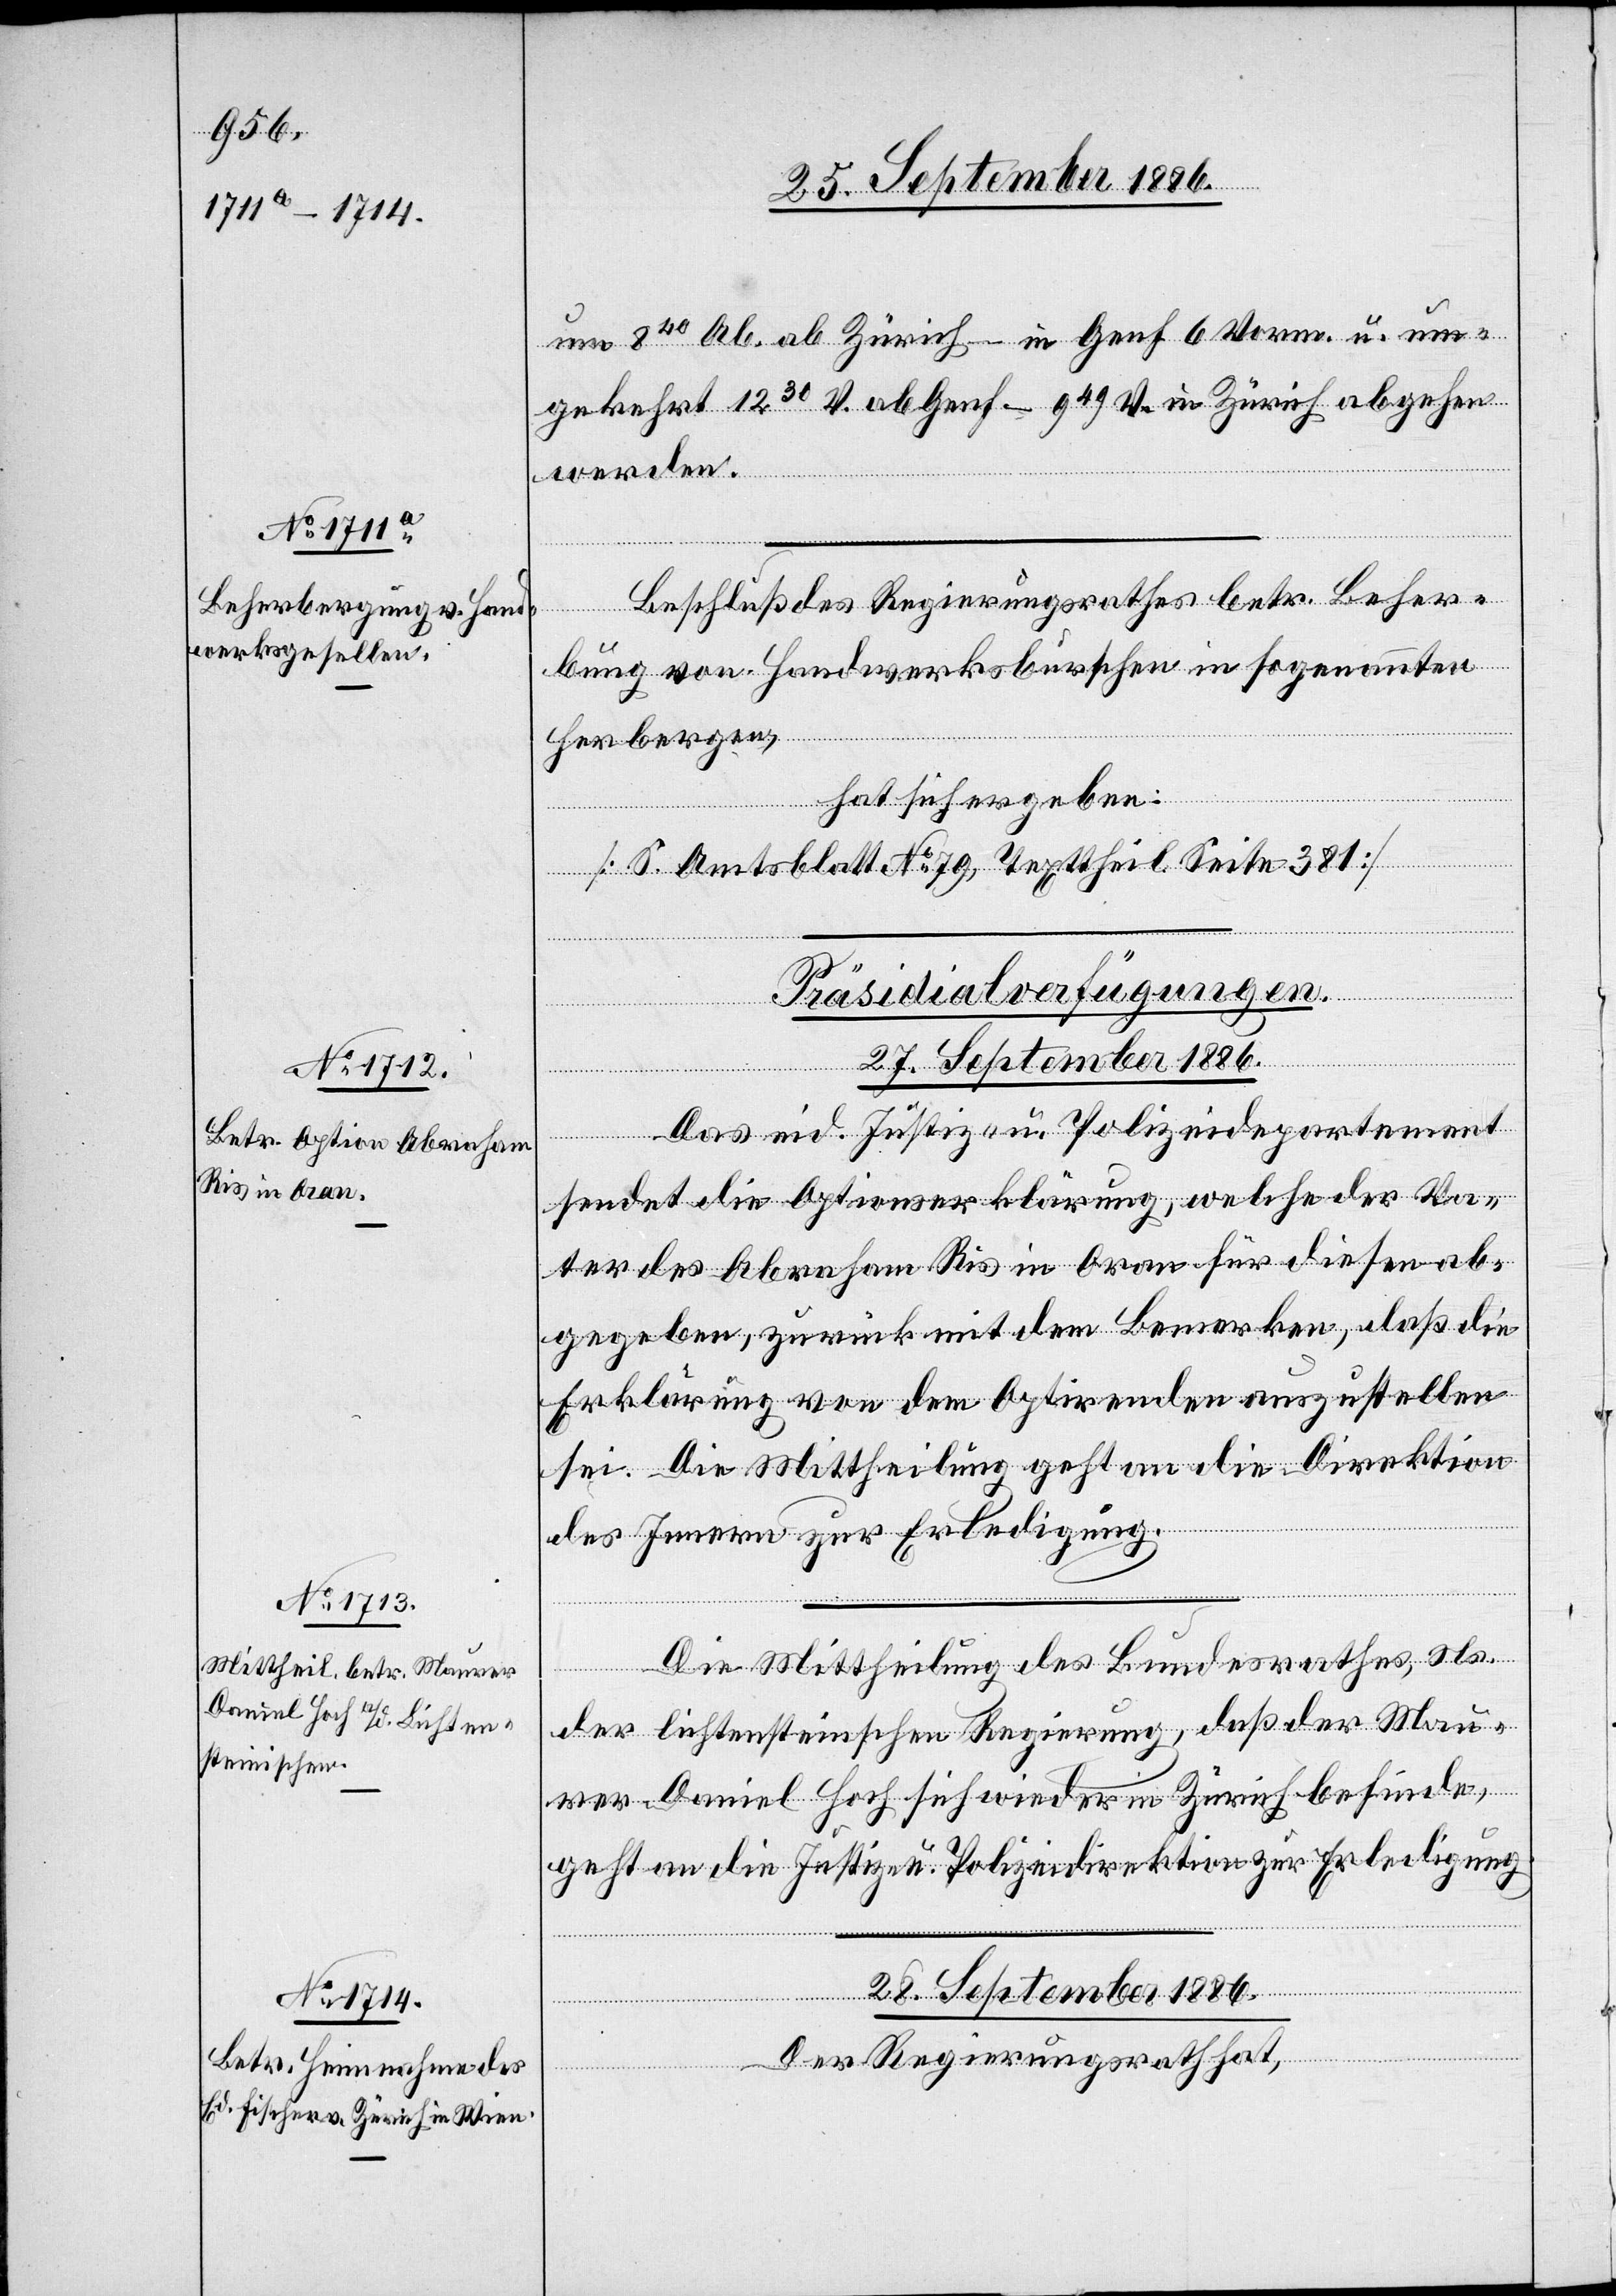
werksgesellen

um 840 Ab. ab Zürich – in Genf 6 Vorm. u. um¬
gekehrt 1230 V. ab Genf – 949 V. in Zürich abgehen
werden.
nten
Beschluß des Regierungsrathes betr. Beherb¬
Herbergen,
hat sich ergeben:
[S. Amtsblatt No 79, Texttheil Seite 381]
[Präsidial-Verfügungen.]
28. September 1886.
Das eid. Justiz- u. Polizeidepartement
sendet die Optionserklärung, welche der Va¬
ter des Abraham Ris in Oran für diesen ab¬
gegeben, zurück mit dem Bemerken, daß die
Erklärung von dem Optirenden auszustellen
sei. Die Mittheilung geht an die Direktion
des Innern zur Erledigung.
Die Mittheilung des Bundesrathes, Ns.
der lichtensteinischen Regierung, daß der Mau¬
rer Daniel Hoch sich wieder in Zürich befinde,
geht an die Justiz- u. Polizeidirektion zur Erledigung.
enan¬
Der Regierungsrath hat,
von